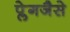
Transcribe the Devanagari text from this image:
प्लेगजैसे